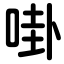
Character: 啩